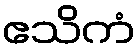
ဧသိကံ